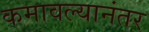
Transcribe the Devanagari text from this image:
कमावल्यानंतर